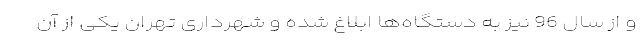
و از سال 96 نیز به دستگاه‌ها ابلاغ شده و شهرداری تهران یکی از آن